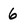
Character: 6